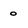
Character: o